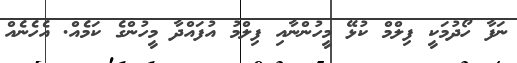
ނަފާ ހޯދުމަކީ ފިލްމް ކުޅޭ މީހުންނާއި ފިލްމު އުފައްދާ މީހުންގެ ކަމެއް. އެހެނެއް